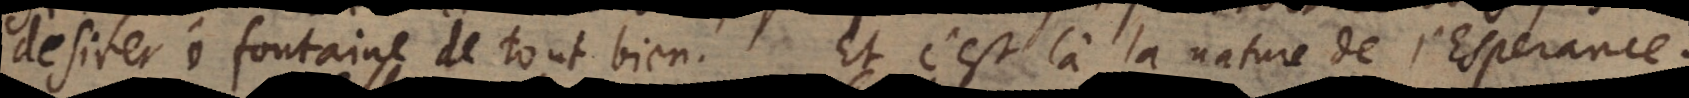
desirer, ô fontaine de tout bien! Et c’est là la nature de l’Esperance.